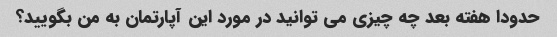
حدودا هفته بعد چه چیزی می توانید در مورد این آپارتمان به من بگویید؟